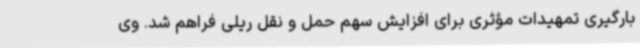
بارگیری تمهیدات مؤثری برای افزایش سهم حمل و نقل ریلی فراهم شد. وی